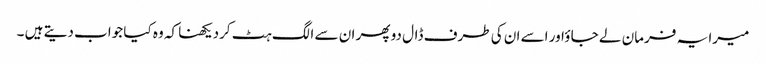
میرا یہ فرمان لے جا ؤاور اسے ان کی طرف ڈال دو پھر ان سے الگ ہٹ کردیکھنا کہ وہ کیا جواب دیتے ہیں ۔